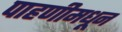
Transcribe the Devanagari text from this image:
पाहणीमधून